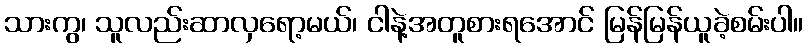
သားကွ၊ သူလည်းဆာလှရော့မယ်၊ ငါနဲ့အတူစားရအောင် မြန်မြန်ယူခဲ့စမ်းပါ။